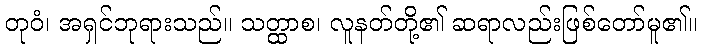
တုဝံ၊ အရှင်ဘုရားသည်။ သတ္ထာစ၊ လူနတ်တို့၏ ဆရာလည်းဖြစ်တော်မူ၏။